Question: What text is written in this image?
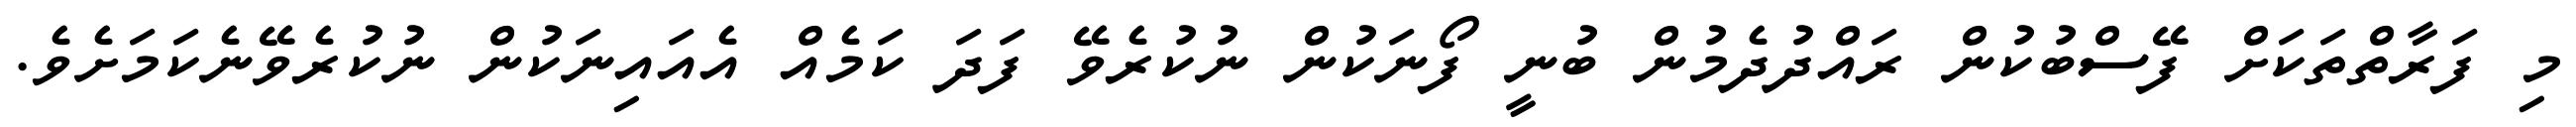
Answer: މި ފަރާތްތަކަށް ފޭސްބުކުން ރައްދުދެމުން ބުނީ ފޯނަކުން ނުކުރެވޭ ފަދަ ކަމެއް އެއައިނަކުން ނުކުރެވޭނެކަމަށެވެ.